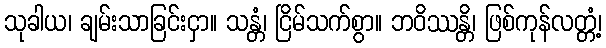
သုခါယ၊ ချမ်းသာခြင်းငှာ။ သန္တံ၊ ငြိမ်သက်စွာ။ ဘဝိဿန္တိ၊ ဖြစ်ကုန်လတ္တံ့၊